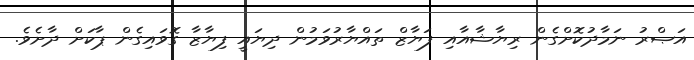
އަޞްރު ނަމާދުކޮށްގެން ރިޔާޝާއާއި ފަޔާޒް ތައްޔާރުވަމުން ދިޔައީ ފިޔާޒާ ގޮވައިގެން ޕާކަށް ދާށެވެ.